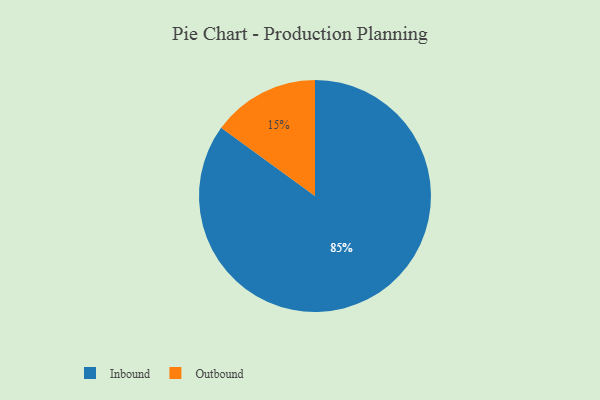
{"axis": {"x": "Category", "y": "Percentage"}, "legend": ["Inbound", "Outbound"], "data": [{"x": "Outbound", "y": 15, "type": "Outbound"}, {"x": "Inbound", "y": 85, "type": "Inbound"}]}